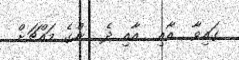
ގައިވާ  އާއި  އާއި ދެ  ންގެ މައްޗަށް